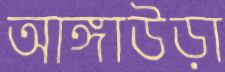
আঙ্গাউড়া